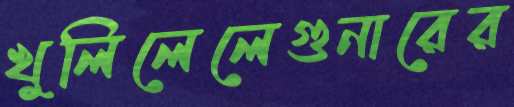
খুলিলেলেগুনারের